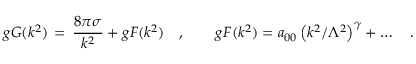
g G ( k ^ { 2 } ) \, = \, { \frac { 8 \pi \sigma } { k ^ { 2 } } } + g F ( k ^ { 2 } ) \quad , \qquad g F ( k ^ { 2 } ) = a _ { 0 0 } \left( k ^ { 2 } / \Lambda ^ { 2 } \right) ^ { \gamma } + \ldots \quad .